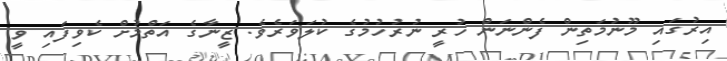
އިރުގައި މޫނުމަތިން ފެންނަން ހުރީ ނުރުހުމުގެ ކުލަވަރެވެ. ޒީނާގެ އަތްމުށް ކެވިފައި ވީ